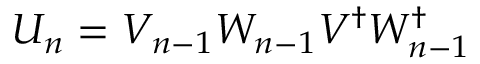
U _ { n } = V _ { n - 1 } W _ { n - 1 } V ^ { \dagger } W _ { n - 1 } ^ { \dagger }